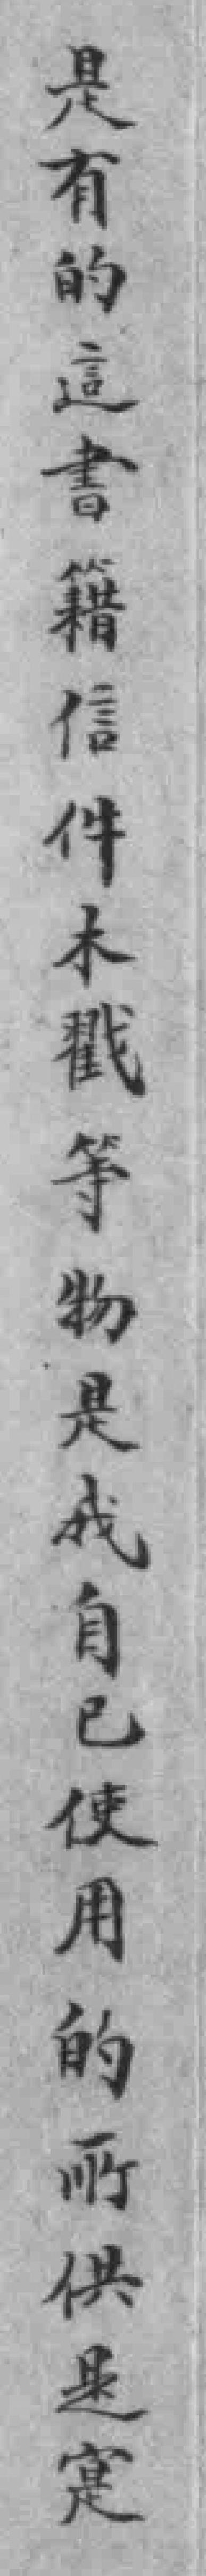
是有的這書籍信件木戳等物是我自已使用的所供是寔